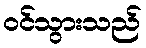
ဝင်သွားသည်